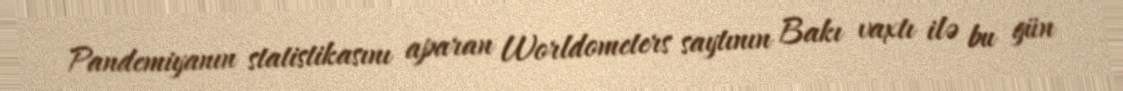
Pandemiyanın statistikasını aparan Worldometers saytının Bakı vaxtı ilə bu gün